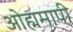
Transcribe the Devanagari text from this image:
ओह्ममापी